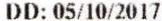
DD: 05/10/2017